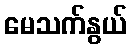
မေသက်နွယ်